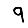
Digit: 9